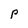
Character: P